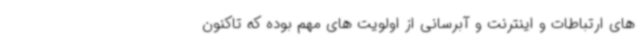
های ارتباطات و اینترنت و آبرسانی از اولویت های مهم بوده که تاکنون